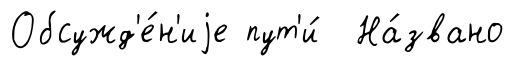
Обсужд'е́н'иjе пут'и́ На́звано